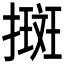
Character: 𢴬